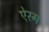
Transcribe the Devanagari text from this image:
ऐरग